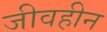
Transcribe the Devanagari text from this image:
जीवहीन